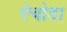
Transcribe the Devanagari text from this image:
ऐचोडा